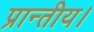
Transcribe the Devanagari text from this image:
प्रान्तीय।